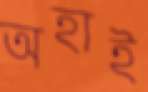
অহাই